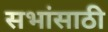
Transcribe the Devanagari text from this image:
सभांसाठी